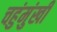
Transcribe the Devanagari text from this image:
चहुंमुंखी